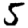
Digit: 5